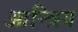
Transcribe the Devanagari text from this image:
आन्त्रिय